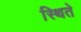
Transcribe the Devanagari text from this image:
स्थिते